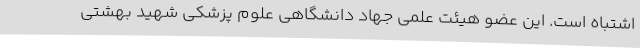
اشتباه است. این عضو هیئت علمی جهاد دانشگاهی علوم پزشکی شهید بهشتی